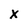
Character: X